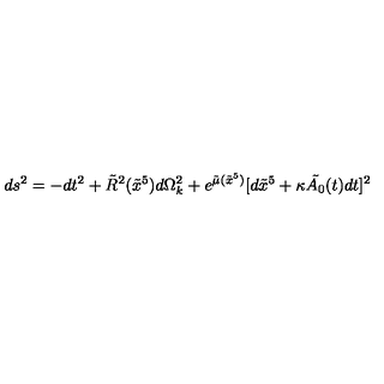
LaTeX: d s ^ { 2 } = - d t ^ { 2 } + \tilde { R } ^ { 2 } ( \tilde { x } ^ { 5 } ) d \Omega _ { k } ^ { 2 } + e ^ { \tilde { \mu } ( \tilde { x } ^ { 5 } ) } [ d \tilde { x } ^ { 5 } + \kappa \tilde { A _ { 0 } } ( t ) d t ] ^ { 2 }